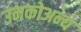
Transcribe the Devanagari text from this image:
उनकोअन्य